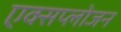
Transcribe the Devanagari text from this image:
एक्सप्लोजन